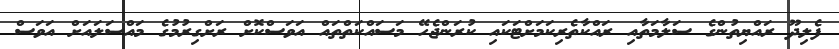
ފެލިދޫ ރައްޔިތުންގެ ސަލާމަތާއި ރައްކާތެރިކަމަށްޓަކައި ކުރަންޖެހޭ މަސައްކަތްތައް އަވަސްކޮށް ރަށްގިރުމުގެ މައްސަލައަށް އަވަސް